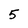
Character: 5